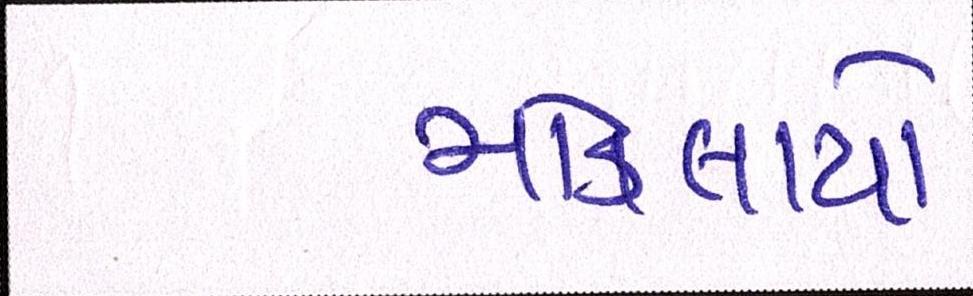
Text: મોકલાયો